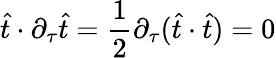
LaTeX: \widehat{t}\cdot\partial_{\tau}\widehat{t}=\frac{1}{2}\partial_{\tau}(\widehat{t}\cdot\widehat{t})=0